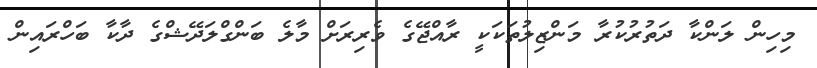
މިހިން ލަންކާ ދަތުރުކުރާ މަންޒިލުތަކަކީ ރާއްޖޭގެ ވެރިރަށް މާލެ ބަންގްލަދޭޝްގެ ދާކާ ބަހްރައިން